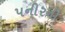
પનીરની